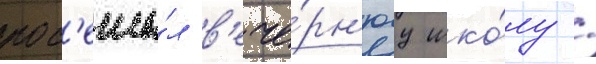
пос'еща́л в'ече́рн'юу шко́лу /